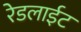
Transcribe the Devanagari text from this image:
रेडलाईट